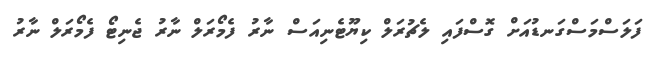
ފަލަސްމަސްގަނޑުއަށް ގޮސްފައި ލެޗުރަލް ކިޔޫޓެނިއަސް ނާރު ފެމޯރަލް ނާރު ޖެނިޓޯ ފެމޯރަލް ނާރު